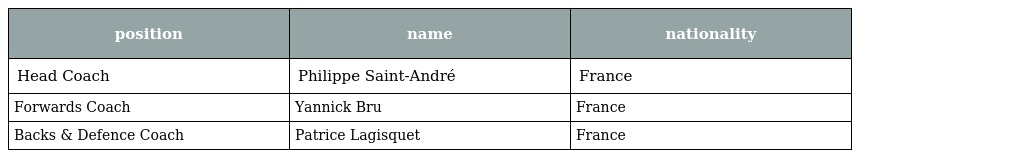
| position | name | nationality |
 | --- | --- | --- |
 | Head Coach | Philippe Saint-André | France |
 | Forwards Coach | Yannick Bru | France |
 | Backs & Defence Coach | Patrice Lagisquet | France |